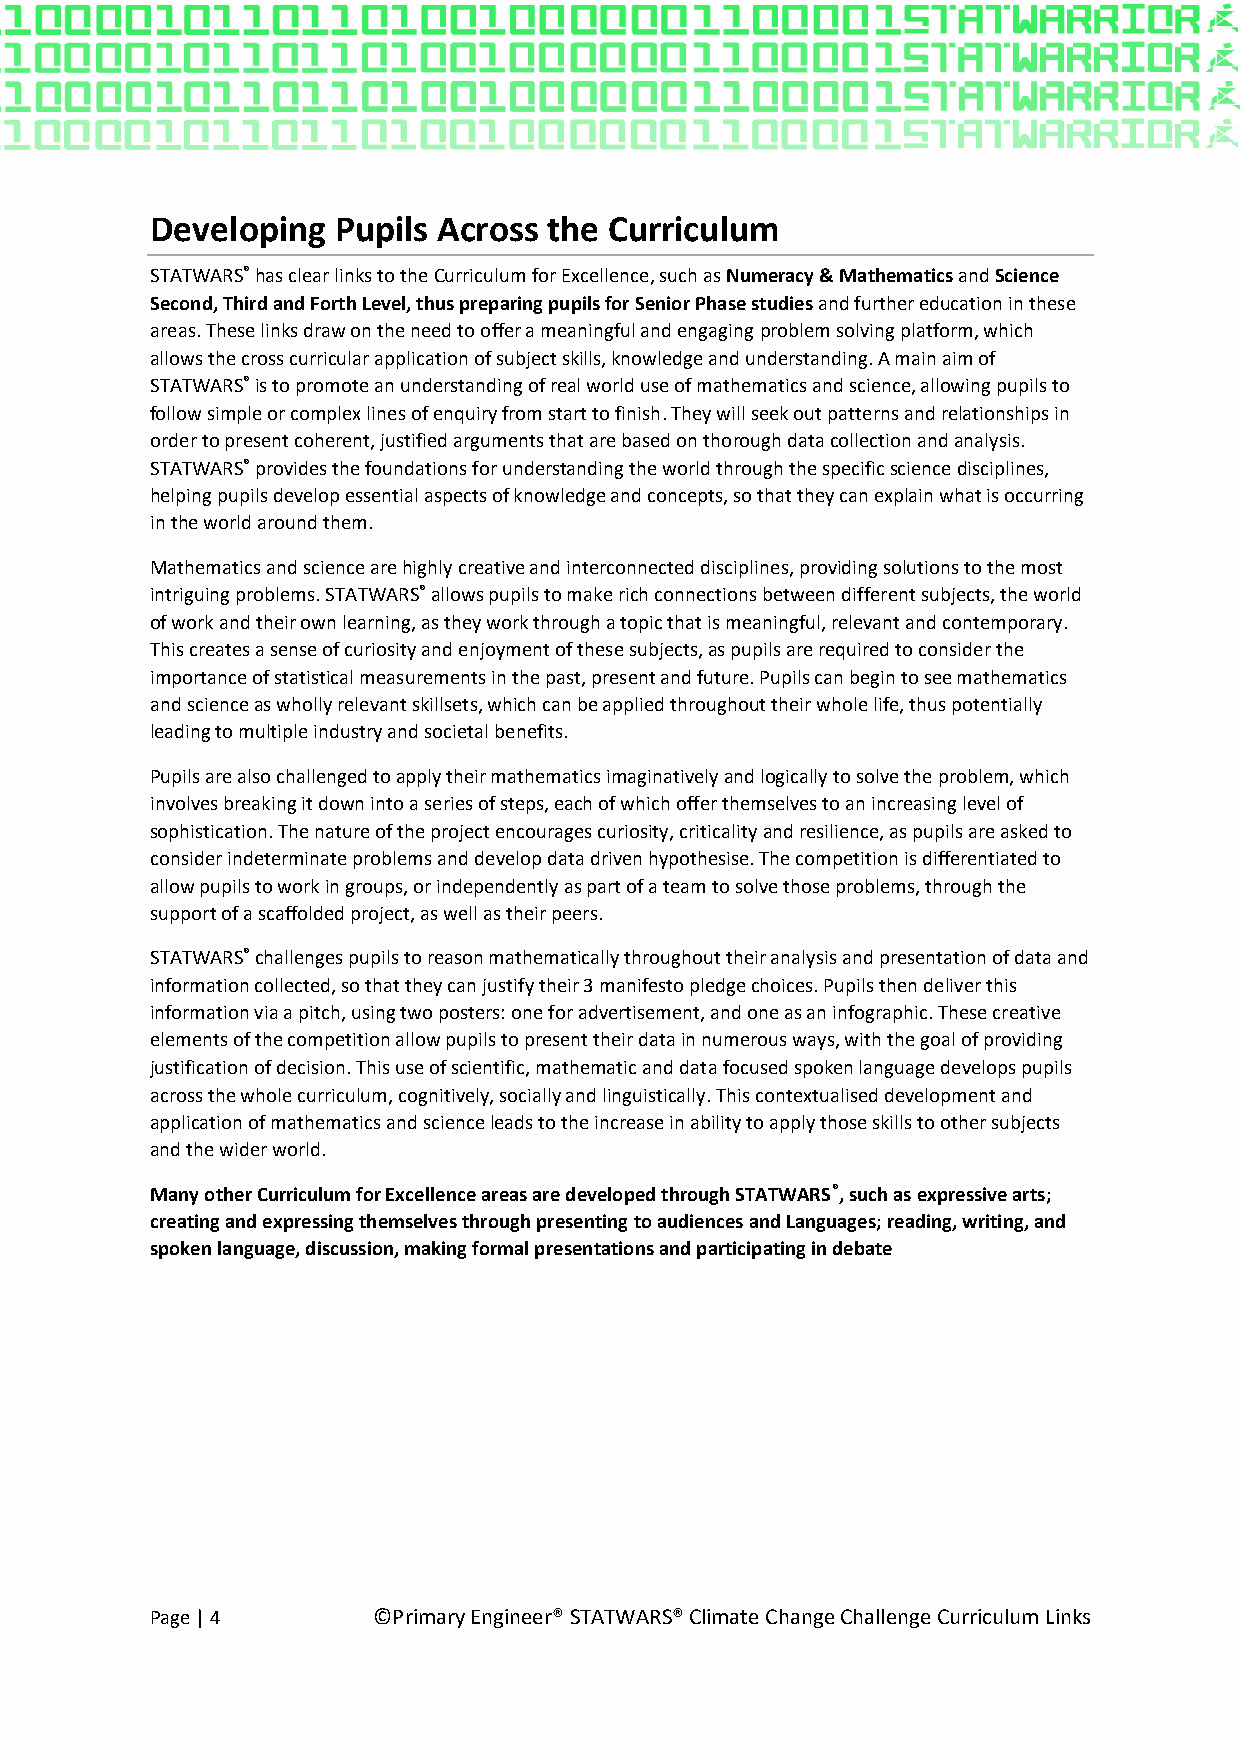
Developing  Pupils Across the Curriculum
 STATWARS® has clear links to the Curriculum for Excellence, such as Numeracy & Mathematics and Science
 Second, Third and Forth Level, thus preparing pupils for Senior Phase studies and further education in these
 areas. These links draw on the need to offer a meaningful and engaging problem solving platform, which
 allows the cross curricular application of subject skills, knowledge and understanding. A main aim of
 STATWARS® is to promote an understanding of real world use of mathematics and science, allowing pupils to
 follow simple or complex lines of enquiry from start to finish. They will seek out patterns and relationships in
 order to present coherent, justified arguments that are based on thorough data collection and analysis.
 STATWARS® provides the foundations for understanding the world through the specific science disciplines,
 helping pupils develop essential aspects of knowledge and concepts, so that they can explain what is occurring
 in the world around them.
 Mathematics and science are highly creative and interconnected disciplines, providing solutions to the most
 intriguing problems. STATWARS® allows pupils to make rich connections between different subjects, the world
 of work and their own learning, as they work through a topic that is meaningful, relevant and contemporary.
 This creates a sense of curiosity and enjoyment of these subjects, as pupils are required to consider the
 importance of statistical measurements in the past, present and future. Pupils can begin to see mathematics
 and science as wholly relevant skillsets, which can be applied throughout their whole life, thus potentially
 leading to multiple industry and societal benefits.
 Pupils are also challenged to apply their mathematics imaginatively and logically to solve the problem, which
 involves breaking it down into a series of steps, each of which offer themselves to an increasing level of
 sophistication. The nature of the project encourages curiosity, criticality and resilience, as pupils are asked to
 consider indeterminate problems and develop data driven hypothesise. The competition is differentiated to
 allow pupils to work in groups, or independently as part of a team to solve those problems, through the
 support of a scaffolded project, as well as their peers.
 STATWARS® challenges pupils to reason mathematically throughout their analysis and presentation of data and
 information collected, so that they can justify their 3 manifesto pledge choices. Pupils then deliver this
 information via a pitch, using two posters: one for advertisement, and one as an infographic. These creative
 elements of the competition allow pupils to present their data in numerous ways, with the goal of providing
 justification of decision. This use of scientific, mathematic and data focused spoken language develops pupils
 across the whole curriculum, cognitively, socially and linguistically. This contextualised development and
 application of mathematics and science leads to the increase in ability to apply those skills to other subjects
 and the wider world.
 Many other Curriculum for Excellence areas are developed through STATWARS®, such as expressive arts;
 creating and expressing themselves through presenting to audiences and Languages; reading, writing, and
 spoken language, discussion, making formal presentations and participating in debate
 Page | 4       ©Primary Engineer® STATWARS® Climate Change Challenge Curriculum Links